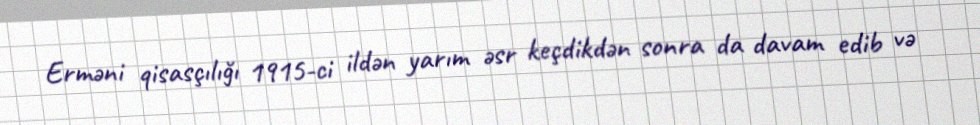
Erməni qisasçılığı 1915-ci ildən yarım əsr keçdikdən sonra da davam edib və